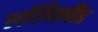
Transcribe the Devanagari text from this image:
ललितपीड